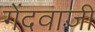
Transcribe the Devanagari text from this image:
गेंदवाजी